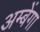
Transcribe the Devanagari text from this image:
अम्बेंगा